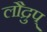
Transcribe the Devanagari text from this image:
लौद्रुप्